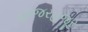
હાજરહજૂર